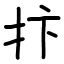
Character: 抃